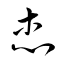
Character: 杰